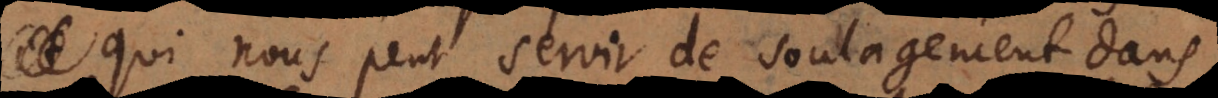
qui nous peut servir de soulagement dans